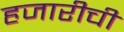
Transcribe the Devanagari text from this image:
हजारीची